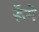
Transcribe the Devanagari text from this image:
रूँगे